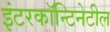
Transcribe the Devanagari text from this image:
इंटरकॉन्टिनेटील